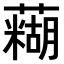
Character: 𫊊